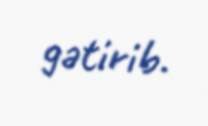
gətirib.